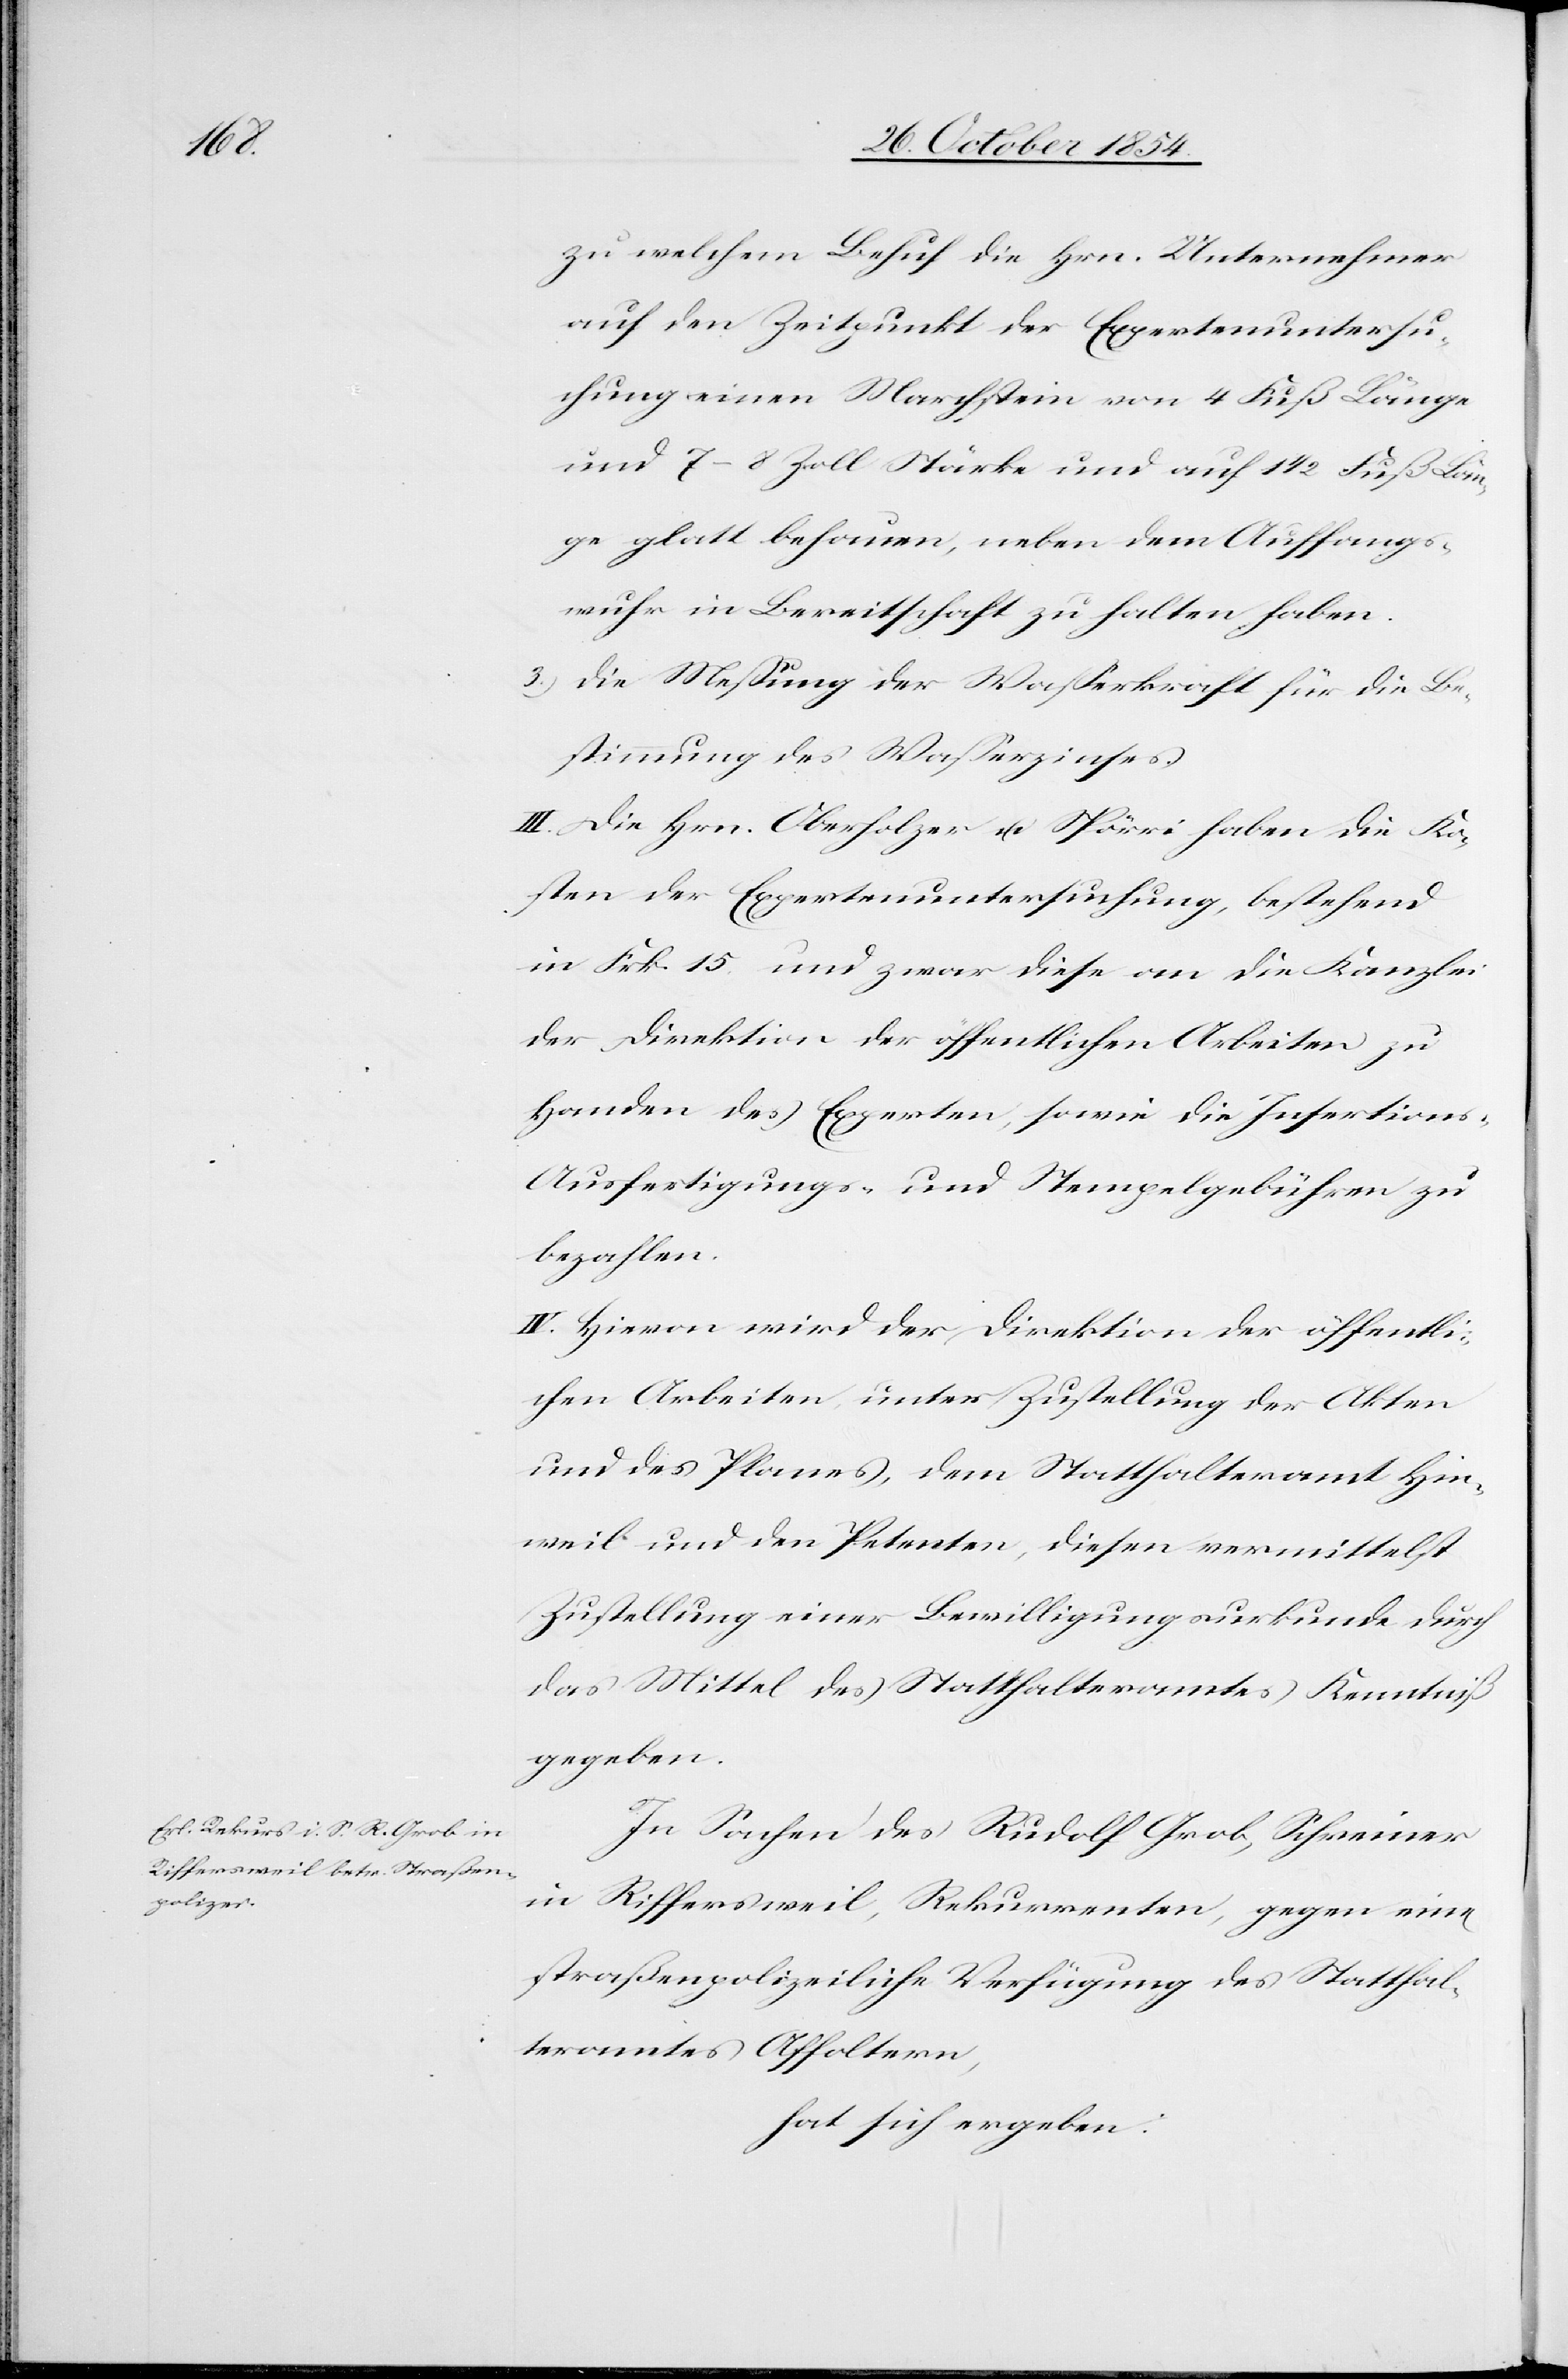
zu welchem Behuf die Hrn. Unternehmer
auf den Zeitpunkt der Expertenuntersu¬
chung einen Marchstein von 4 Fuß Länge
und 7–8 Zoll Stärke und auf 1 1/2 Fuß Län¬
ge glatt behauen, neben dem Auffangs¬
wuhr in Bereitschaft zu halten haben.
3.) Die Meßung der Waßerkraft für die Be¬
stimmung des Waßerzinses.
III. Die Hrn. Oberholzer u. Spörri haben die Ko¬
sten der Expertenuntersuchung, bestehend
in Frk. 15 und zwar diese an die Kanzlei
der Direktion der öffentlichen Arbeiten zu
Handen des Experten, sowie die Insertions-[,]
Ausfertigungs- und Stempelgebühren zu
bezahlen.
IV. Hievon wird der Direktion der öffentli¬
chen Arbeiten, unter Zustellung der Akten
und des Planes, dem Statthalteramt Hin¬
weil und den Petenten, diesen vermittelst
Zustellung einer Bewilligung durch das
gegeben.
In Sachen des Rudolf Grob, Schreiner
in Riffersweil, Rekurrenten, gegen eine
straßenpolizeiliche Verfügung des Statthal¬
teramtes Affoltern,
hat sich ergeben: